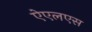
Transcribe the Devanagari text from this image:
ऐएलएस